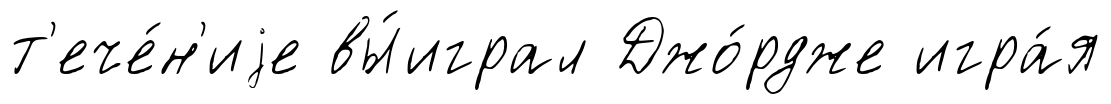
т'ече́н'иjе вы́играл Джо́рдже игра́я